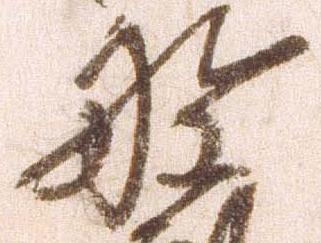
野